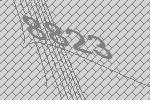
8823